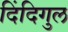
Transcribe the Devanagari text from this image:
दिंदिगुल